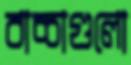
বাচ্চাগুলো